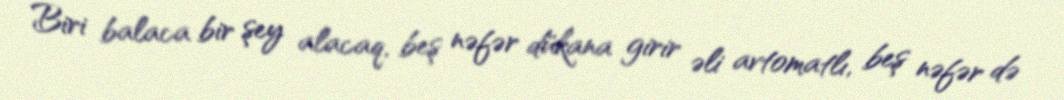
Biri balaca bir şey alacaq, beş nəfər dükana girir əli avtomatlı, beş nəfər də